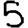
Digit: 5